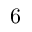
6